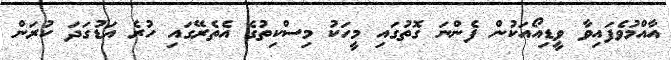
އާއްމުވެފައިވާ ވީޑިއޯއަކުން ފެންނަ ގޮތުގައި މީހަކު މިސްކިތުގެ އެތެރޭގައި ހުރެ އަޑުގަދަ ކުރަން